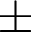
\pm